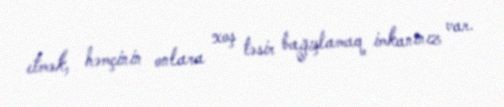
etmək, həmçinin onlara xoş təsir bağışlamaq imkanınız var.